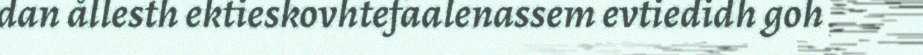
dan ållesth ektieskovhtefaalenassem evtiedidh goh